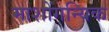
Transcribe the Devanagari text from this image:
माशोंगन्यिक